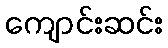
ကျောင်းဆင်း